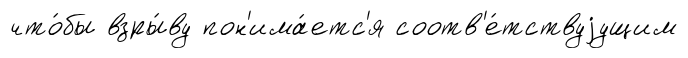
что́бы взры́ву пон'има́етс'я соотв'е́тствуjущим